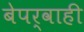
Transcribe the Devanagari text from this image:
बेपर्वाही